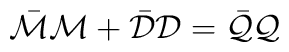
\bar {\cal M}{\cal M}+\bar {\cal D}{\cal D}=\bar {\cal Q}{\cal Q}